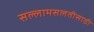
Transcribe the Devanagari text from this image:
सल्लामसलतीसाठी